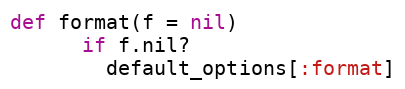
Language: Ruby
def format(f = nil)
      if f.nil?
        default_options[:format]